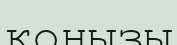
қоңызы